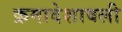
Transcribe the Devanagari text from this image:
क्रमादेशावली